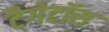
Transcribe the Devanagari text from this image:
टैगेटॉस